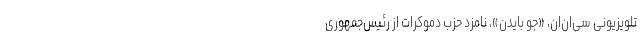
تلویزیونی سی‌ان‌ان، «جو بایدن»، نامزد حزب دموکرات از رئیس‌جمهوری